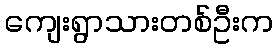
ကျေးရွာသားတစ်ဦးက